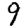
Digit: 9